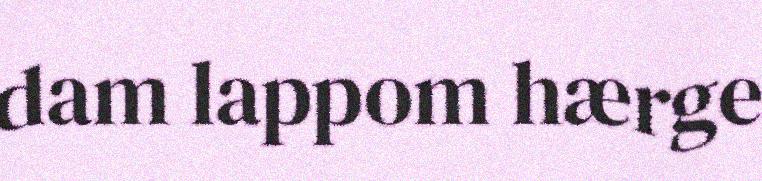
dam lappom hærge